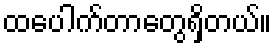
ထပေါက်တာတွေရှိတယ်။